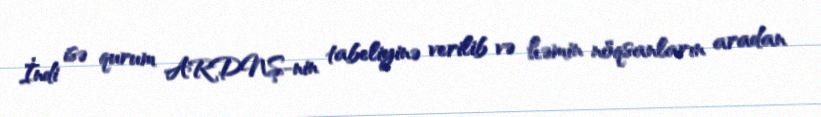
İndi isə qurum ARDNŞ-nin tabeliyinə verilib və həmin nöqsanların aradan